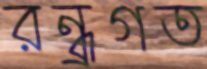
রন্ধ্রগত